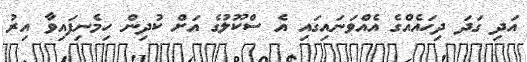
އަދި ގަދަ ދިހައެއްގެ އެއްވަނައިގައި އެ ސްކޫލުގެ އަށް ކުދިން ހިމެނިފައިވާ އިރު